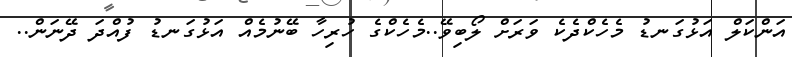
އަންކަލް އަޅުގަނޑު މެހެކްދެކެ ވަރަށް ލޯބިވޭ..މެހެކްގެ ހުރިހާ ބޭނުމެއް އަޅުގަނޑު ފުއްދަ ދޭނަން..